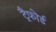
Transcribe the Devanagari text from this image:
ट्रैफोर्ड